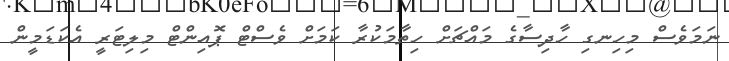
ނަމަވެސް މިހިނގި ހާދިސާގެ މައްޗަށް ހިތާމަކުރާ ކަމަށް ވެސްޓް ޕޮއިންޓް މިލިޓަރީ އެކަޑަމީން